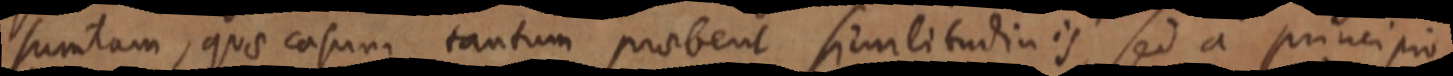
sumtam, quae casum tantum probent similitudinis sed a principio